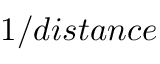
1 / d i s t a n c e